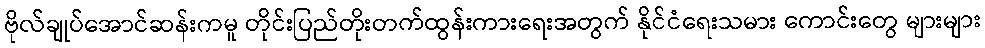
ဗိုလ်ချုပ်အောင်ဆန်းကမူ တိုင်းပြည်တိုးတက်ထွန်းကားရေးအတွက် နိုင်ငံရေးသမား ကောင်းတွေ များများ